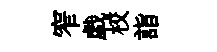
窄戯校詣